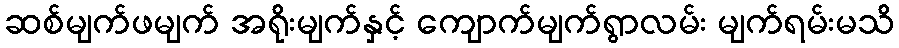
ဆစ်မျက်ဖမျက် အရိုးမျက်နှင့် ကျောက်မျက်ရွာလမ်း မျက်ရမ်းမသိ